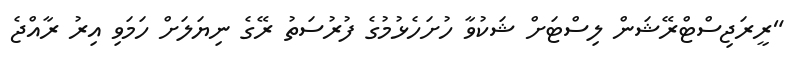
"ރީރަޖިސްޓްރޭޝަން ލިސްޓަށް ޝަކުވާ ހުށަހެޅުމުގެ ފުރުސަތު ރޭގެ ނިޔަލަށް ހަމަވި އިރު ރާއްޖެ